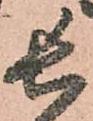
長